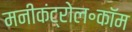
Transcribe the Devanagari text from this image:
मनीकंट्रोल॰कॉम